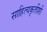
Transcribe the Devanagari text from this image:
साहित्यकृतींशी